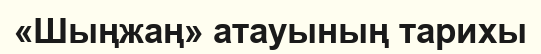
«Шыңжаң» атауының тарихы